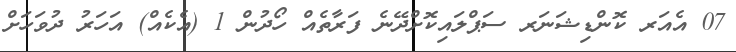
07 އެއަރ ކޮންޑިޝަނަރ ސަޕްލައިކޮށްދޭނެ ފަރާތެއް ހޯދުން 1 (އެކެއް) އަހަރު ދުވަހަށް